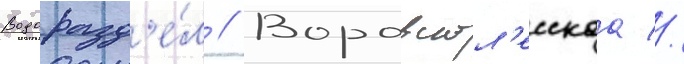
Водоразд'е́л // Воровскол'есскаа //